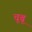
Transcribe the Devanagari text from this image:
चूबू